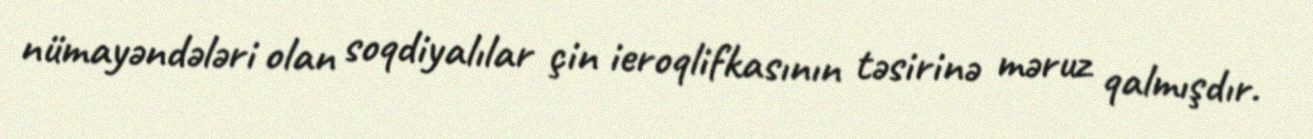
nümayəndələri olan soqdiyalılar çin ieroqlifkasının təsirinə məruz qalmışdır.